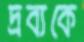
দ্রব্যকে